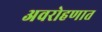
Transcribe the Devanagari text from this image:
अवरोहणात